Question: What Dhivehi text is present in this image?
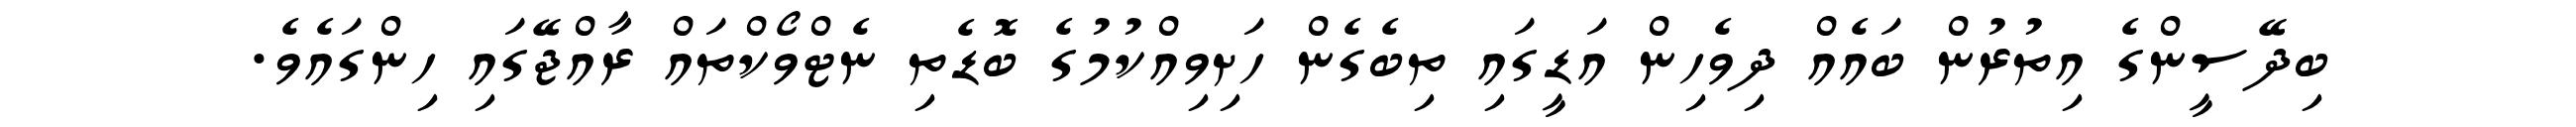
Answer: ބިދޭސީންގެ އިތުރުން ބައެއް ދިވެހިން އަޑީގައި ތިބެގެން ހަށިވިއްކުމުގެ ބޮޑެތި ނެޓްވޯކްތައް ރާއްޖޭގައި ހިންގައެވެ.